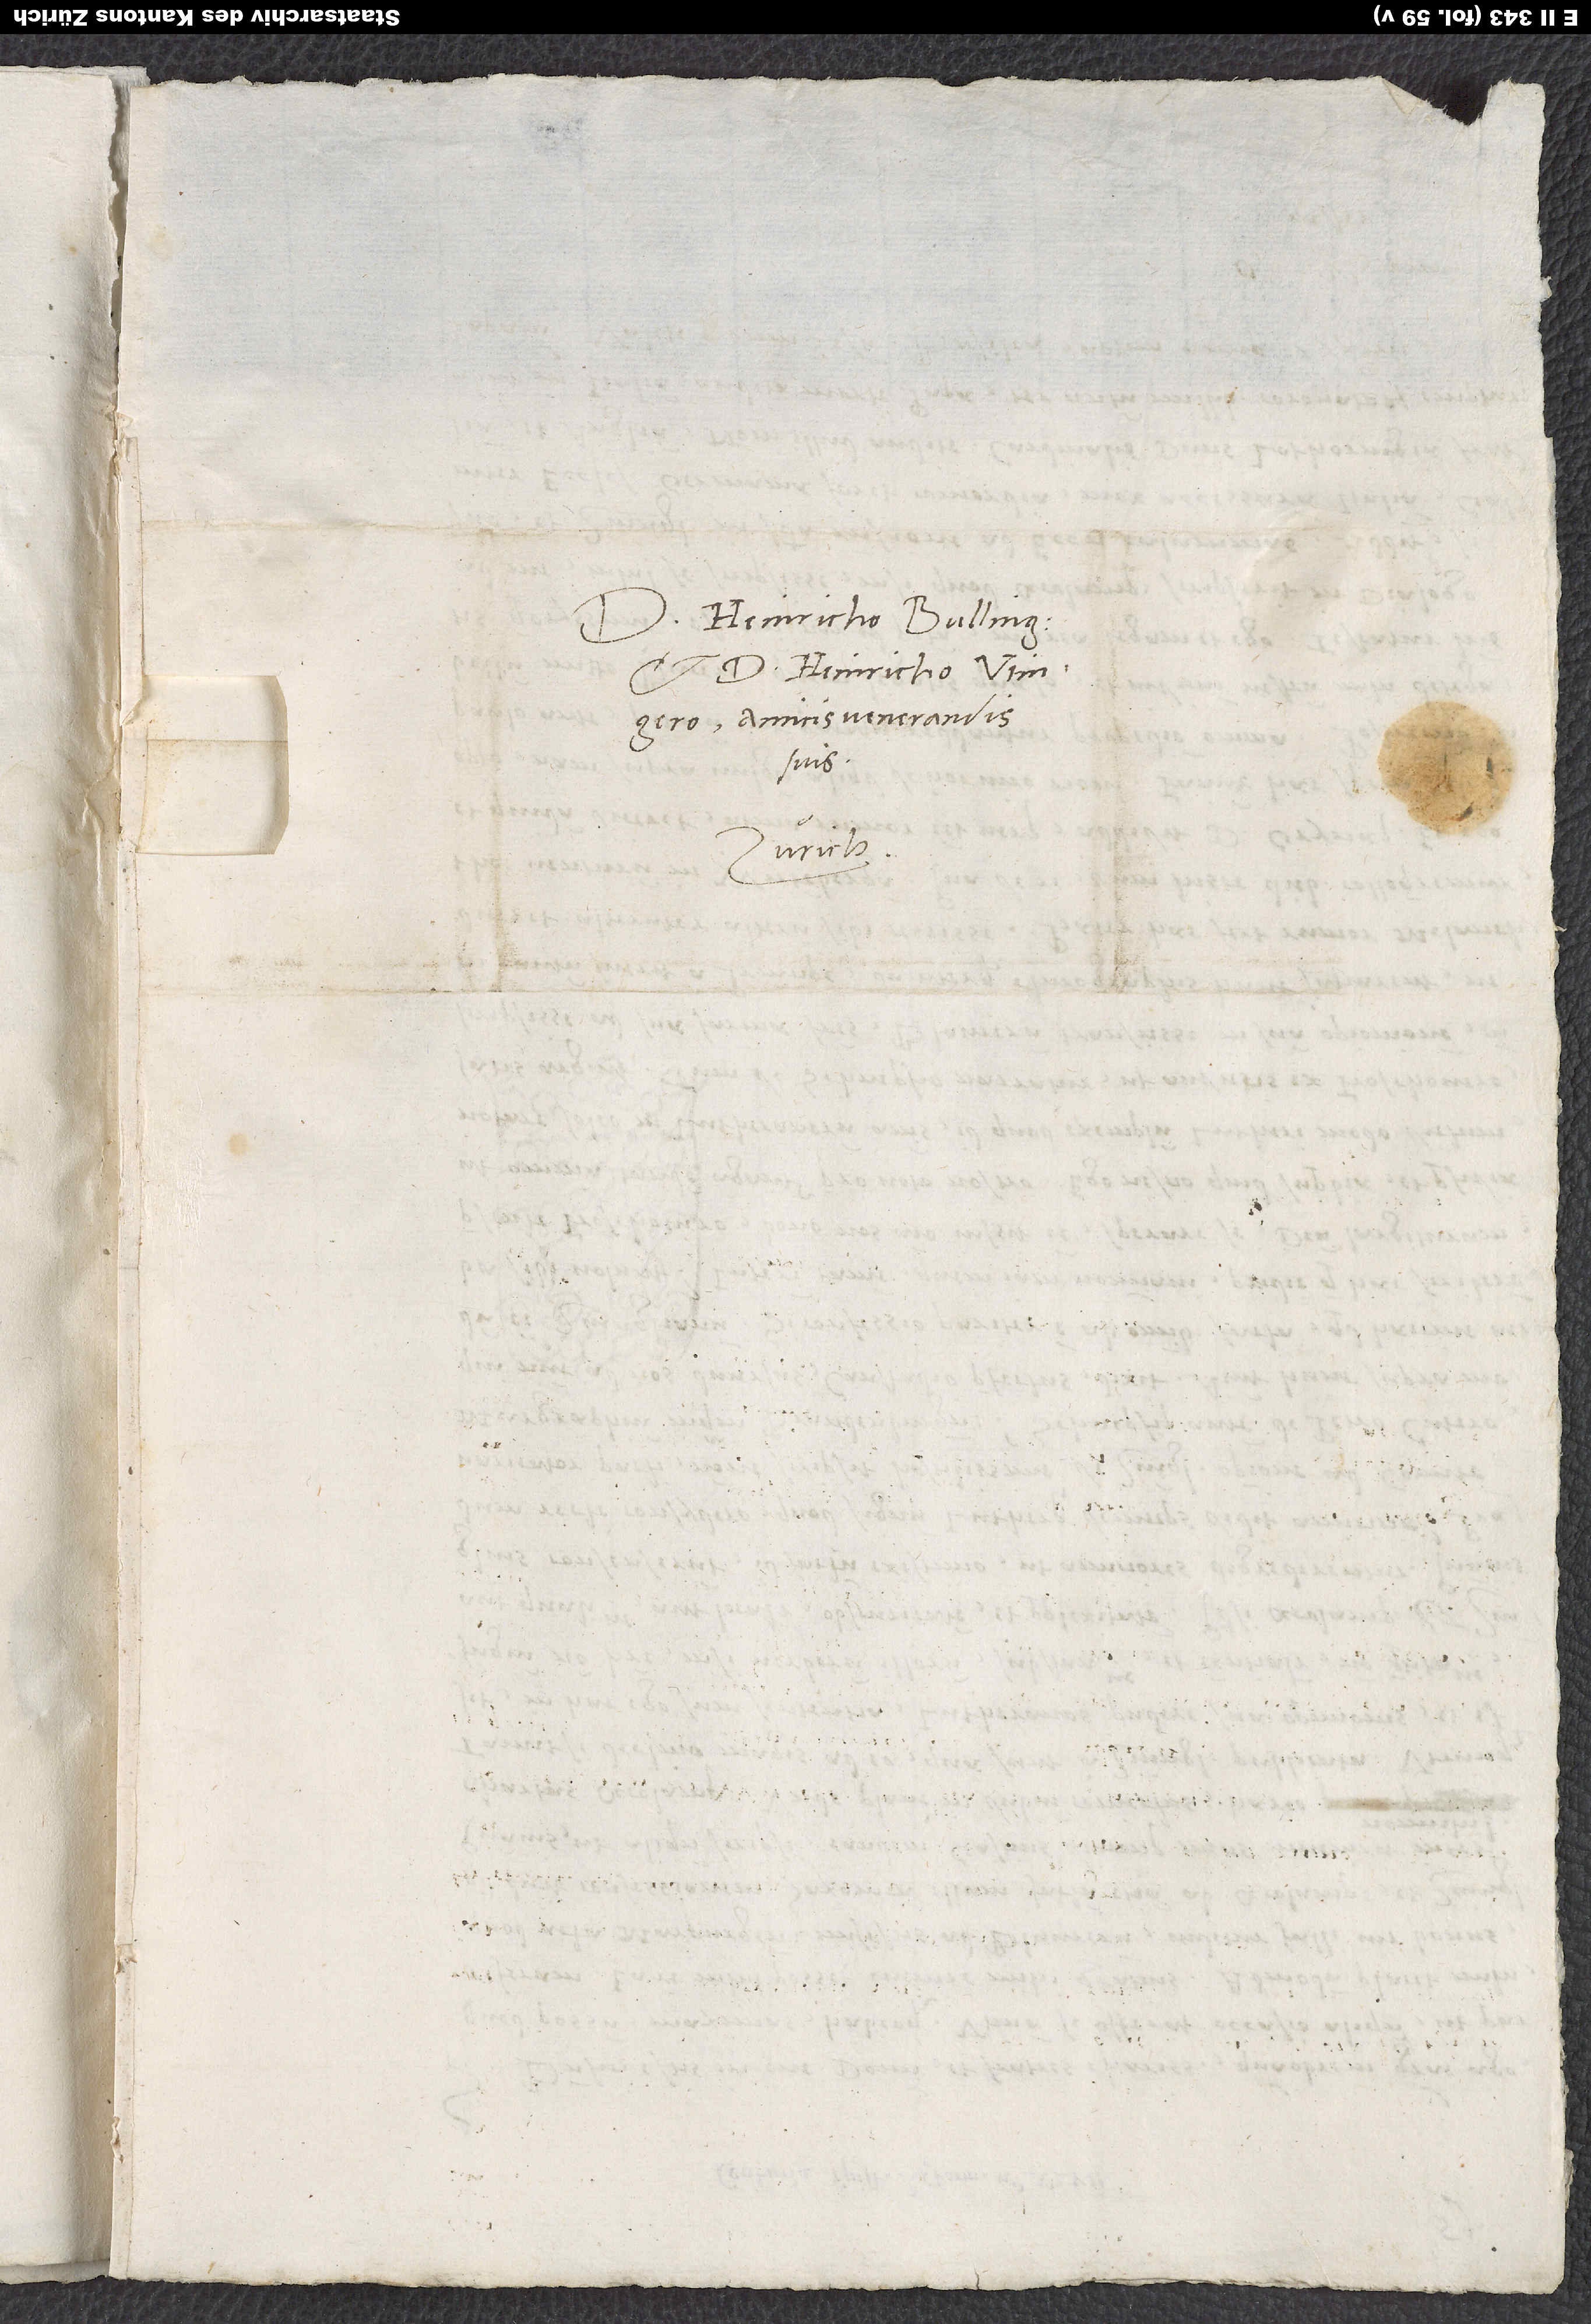
Heinricho Bullingero
et d. Heinricho Utingero,
amicis venerandis
suis.
Zurich.